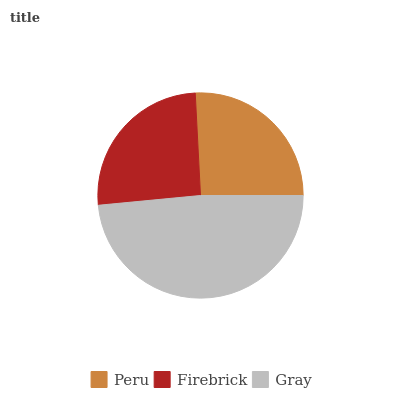
| Peru | Firebrick | Gray |
 | --- | --- | --- |
 | 25.8% | 25.6% | 48.6% |